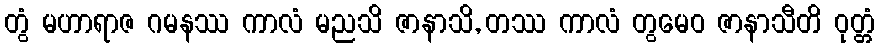
တွံ မဟာရာဇ ဂမနဿ ကာလံ မညသိ ဇာနာသိ, တဿ ကာလံ တွမေဝ ဇာနာသီတိ ဝုတ္တံ